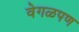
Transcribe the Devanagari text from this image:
वेगळपण